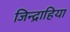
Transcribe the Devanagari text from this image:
जिन्द्राहिया